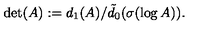
\det ( A ) : = d _ { 1 } ( A ) / \tilde { d } _ { 0 } ( \sigma ( \log A ) ) .